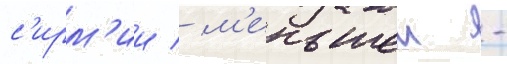
с'ирм'ии / м'еньшеи -